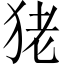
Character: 狫